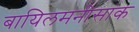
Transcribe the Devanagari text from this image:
बायिलमनीसांक